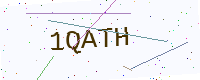
Text: 1QATH